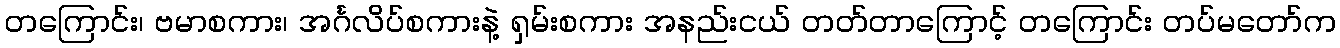
တကြောင်း၊ ဗမာစကား၊ အင်္ဂလိပ်စကားနဲ့ ရှမ်းစကား အနည်းငယ် တတ်တာကြောင့် တကြောင်း တပ်မတော်က